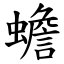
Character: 蟾